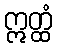
ဣတ္ထံ